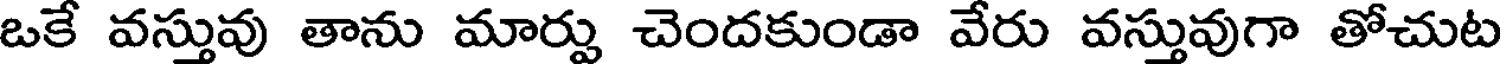
ఒకే వస్తువు తాను మార్పు చెందకుండా వేరు వస్తువుగా తోచుట